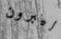
ليبرون